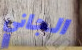
الجاني